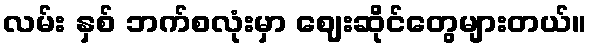
လမ်း နှစ် ဘက်စလုံးမှာ ဈေးဆိုင်တွေများတယ်။